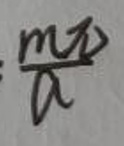
$\frac{m\pi}{a}$